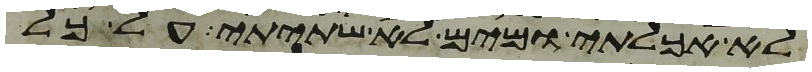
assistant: לא אכלתי ומים לא שתיתי על כל